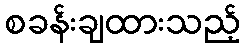
စခန်းချထားသည့်